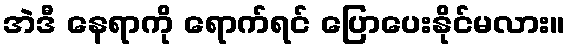
အဲဒီ နေရာကို ရောက်ရင် ပြောပေးနိုင်မလား။